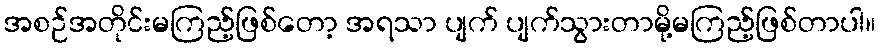
အစဉ်အတိုင်းမကြည့်ဖြစ်တော့ အရသာ ပျက် ပျက်သွားတာမို့မကြည့်ဖြစ်တာပါ။